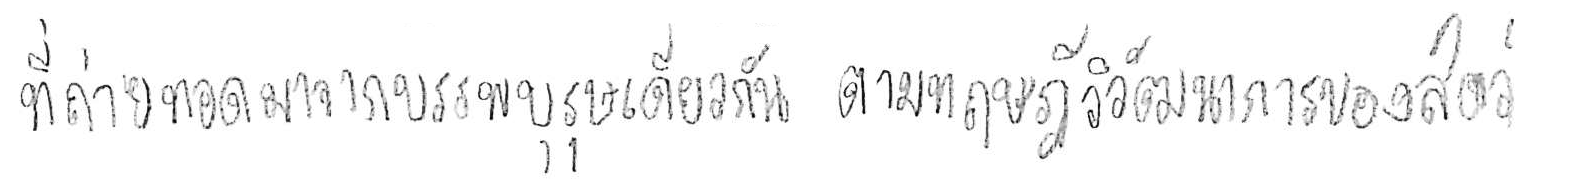
ที่ถ่ายทอดมาจากบรรพบุรุษเดียวกัน ตามทฤษฎีวิวัฒนาการของสัตว์